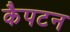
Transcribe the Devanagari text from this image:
कैपटन